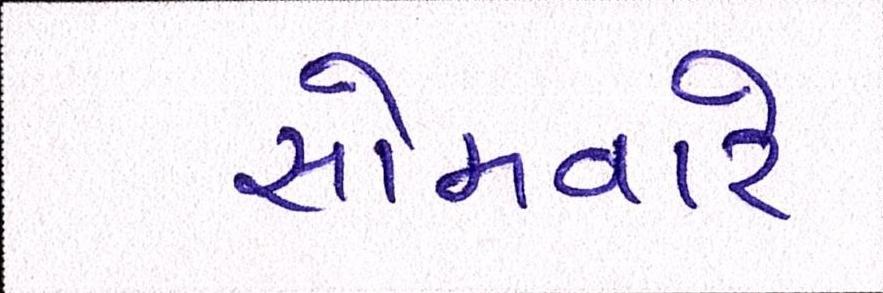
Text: સોમવારે